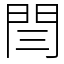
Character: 閆